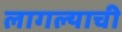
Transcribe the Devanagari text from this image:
लागल्याची